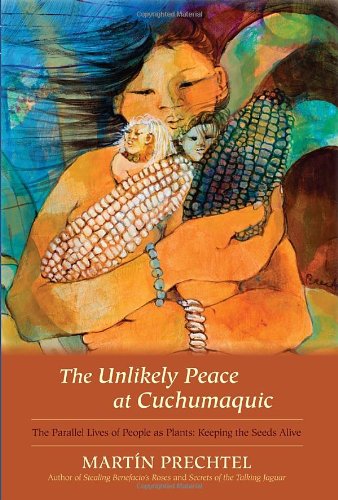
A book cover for The Unlikely Peace at Cuchumaquic: The Parallel Lives of People as Plants: Keeping the Seeds Alive; MartÃ­n Prechtel; Biographies & Memoirs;